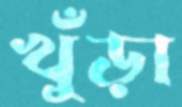
খুঁড়া